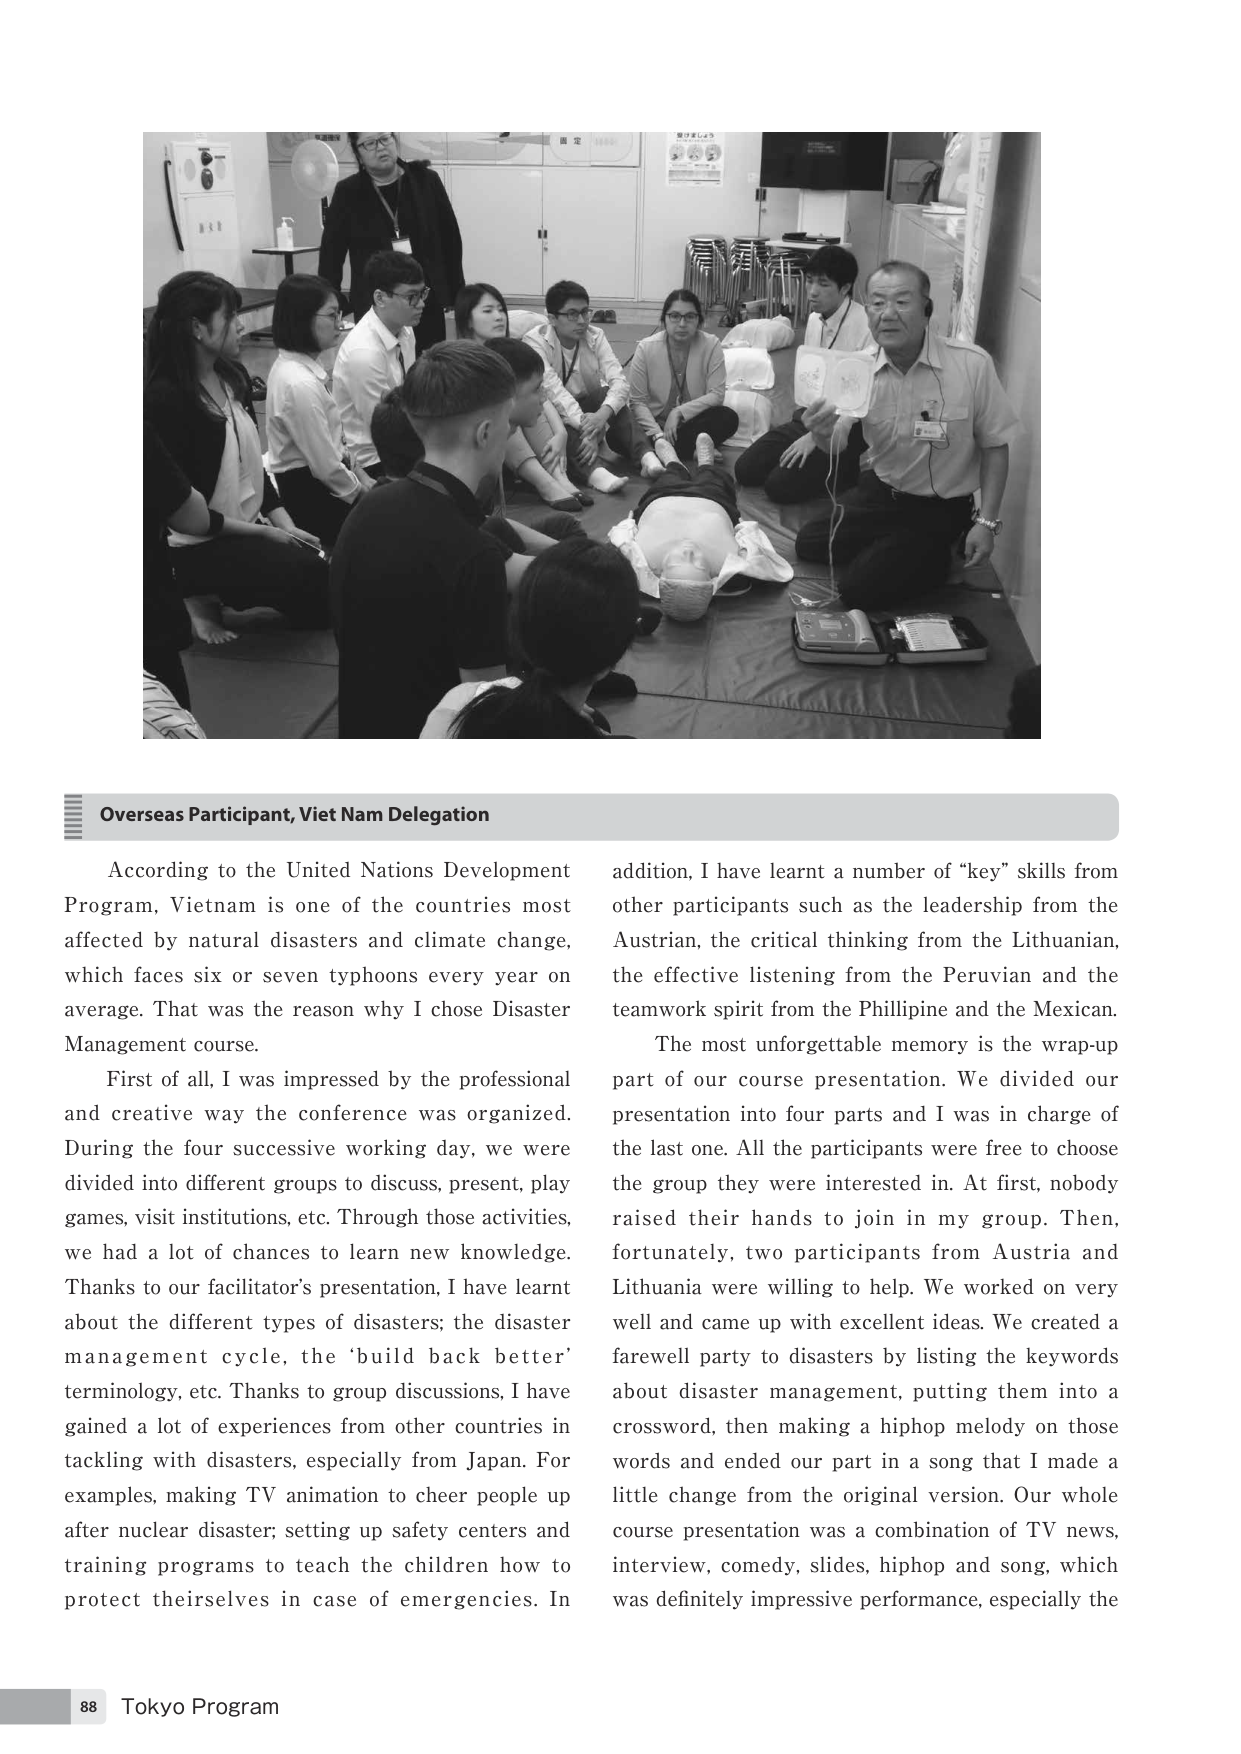
Overseas Participant, Viet Nam Delegation

According to the United Nations Development Program, Vietnam is one of the countries most affected by natural disasters and climate change, which faces six or seven typhoons every year on average. That was the reason why I chose Disaster Management course.

First of all, I was impressed by the professional and creative way the conference was organized. During the four successive working day, we were divided into different groups to discuss, present, play games, visit institutions, etc. Through those activities, we had a lot of chances to learn new knowledge. Thanks to our facilitator's presentation, I have learnt about the different types of disasters; the disaster management cycle, the 'build back better' terminology, etc. Thanks to group discussions, I have gained a lot of experiences from other countries in tackling with disasters, especially from Japan. For examples, making TV animation to cheer people up after nuclear disaster; setting up safety centers and training programs to teach the children how to protect themselves in case of emergencies. In addition, I have learnt a number of "key" skills from other participants such as the leadership from the Austrian, the critical thinking from the Lithuanian, the effective listening from the Peruvian and the teamwork spirit from the Philippine and the Mexican.

The most unforgettable memory is the wrap-up part of our course presentation. We divided our presentation into four parts and I was in charge of the last one. All the participants were free to choose the group they were interested in. At first, nobody raised their hands to join in my group. Then, fortunately, two participants from Austria and Lithuania were willing to help. We worked on very well and came up with excellent ideas. We created a farewell party to disasters by listing the keywords about disaster management, putting them into a crossword, then making a hiphop melody on those words and ended our part in a song that I made a little change from the original version. Our whole course presentation was a combination of TV news, interview, comedy, slides, hiphop and song, which was definitely impressive performance, especially the

88 Tokyo Program